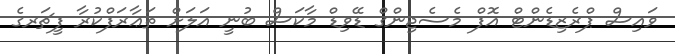
ވައިސް ޕްރެޒިޑެންޓް އޮފް މެސެޖިންގް ޑޭވިޑް މާކަސް ބުނީ އަލަށް ތަޢާރަފްކުރާ ފީޗަރގެ